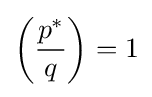
\left({\frac {p^{*}}{q}}\right)=1